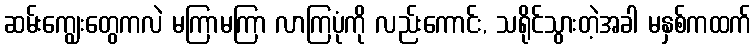
ဆမ်းကျွေးတွေကလဲ မကြာမကြာ လာကြပုံကို လည်းကောင်း, သရိုင်သွားတဲ့အခါ မနှစ်ကထက်